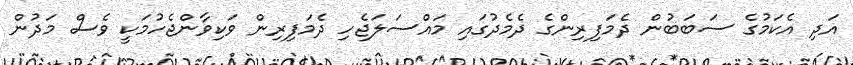
އަދި އެކަމުގެ ސަބަބުން ދެމަފިރިންގެ ދެމެދުގައި މައްސަލަޖެހި ދެމަފިރިން ވަކިވާންޖެހުމަކީ ވެސް މަދުން